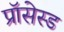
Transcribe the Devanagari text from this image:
प्रॉसेस्ड